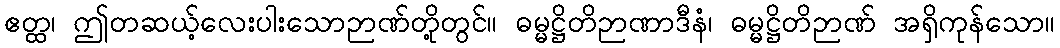
ဧတ္ထ၊ ဤတဆယ့်လေးပါးသောဉာဏ်တို့တွင်။ ဓမ္မဋ္ဌိတိဉာဏာဒီနံ၊ ဓမ္မဋ္ဌိတိဉာဏ် အရှိကုန်သော။